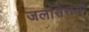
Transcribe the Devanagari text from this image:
जलसिराओं